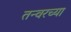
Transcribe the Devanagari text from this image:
तन्वरच्या